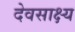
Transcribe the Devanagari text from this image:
देवसाक्ष्य